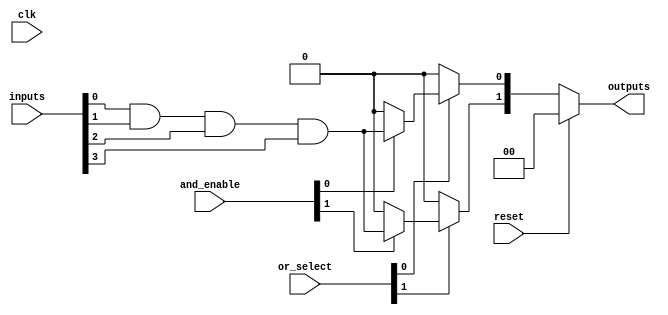
module SPAL #(
    parameter INPUT_WIDTH = 4,    // Number of input lines
    parameter PRODUCT_TERMS = 4,   // Number of product terms
    parameter OUTPUT_WIDTH = 2      // Number of output lines
)(
    input wire [INPUT_WIDTH-1:0] inputs,                  // Input lines
    input wire [PRODUCT_TERMS-1:0] and_enable,            // AND array enable signals
    input wire [PRODUCT_TERMS-1:0] or_select,             // OR array select signals
    output wire [OUTPUT_WIDTH-1:0] outputs,                // Output lines
    input wire clk,                                         // Clock signal for synchronous control
    input wire reset                                        // Reset signal
);

    // Internal wires for product terms
    wire [PRODUCT_TERMS-1:0] product_terms;
    
    // Programmable AND array
    genvar i;
    generate
        for (i = 0; i < PRODUCT_TERMS; i = i + 1) begin : and_array
            assign product_terms[i] = (and_enable[i]) ? (inputs[0] & inputs[1] & inputs[2] & inputs[3]) : 1'b0; // Example: AND all inputs
        end
    endgenerate

    // Internal wires for OR outputs
    wire [OUTPUT_WIDTH-1:0] or_outputs;

    // Programmable OR array
    genvar j;
    generate
        for (j = 0; j < OUTPUT_WIDTH; j = j + 1) begin : or_array
            assign or_outputs[j] = or_select[j] ? product_terms[j] : 1'b0; // Select product terms based on or_select
        end
    endgenerate

    // Output assignments with enable/disable feature
    assign outputs = reset ? {OUTPUT_WIDTH{1'b0}} : or_outputs;

endmodule